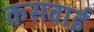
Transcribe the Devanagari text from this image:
कसवाई